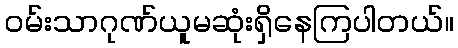
ဝမ်းသာဂုဏ်ယူမဆုံးရှိနေကြပါတယ်။